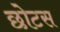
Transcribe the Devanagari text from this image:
छोटस